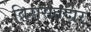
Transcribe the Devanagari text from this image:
विरासतदार